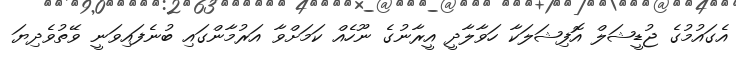
އެގައުމުގެ ޖުޑީޝަލް އޮފިޝަލަކާ ހަވާލާދީ އީރާނުގެ ނޫހެއް ކަމަށްވާ އަރުމާންގައި ބުނެފައިވަނީ ވޭތުވެދިޔަ